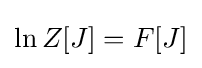
\ln Z[J]=F[J]